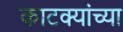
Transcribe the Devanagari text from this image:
काटक्यांच्या